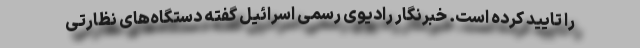
را تایید کرده است. خبرنگار رادیوی رسمی اسرائیل گفته دستگاه‌های نظارتی